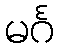
မင်္ဂ